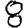
Digit: 8